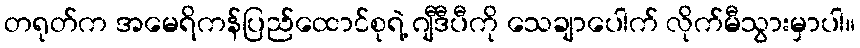
တရုတ်က အမေရိကန်ပြည်ထောင်စုရဲ့ ဂျီဒီပီကို သေချာပေါက် လိုက်မီသွားမှာပါ။